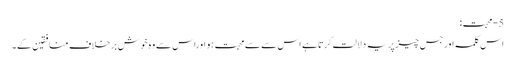
5-محبت:
اس کلمہ اورجس چیزپریہ دلالت کرتاہے اس سے سےمحبت ہو اوراس سے وہ خوش برخلاف منافقین کے۔